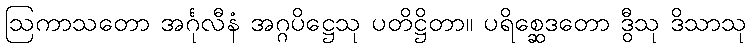
ဩကာသတော အင်္ဂုလီနံ အဂ္ဂပိဋ္ဌေသု ပတိဋ္ဌိတာ။ ပရိစ္ဆေဒတော ဒွီသု ဒိသာသု